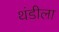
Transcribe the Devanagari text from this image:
थंडीला